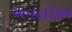
અવલોકન